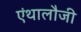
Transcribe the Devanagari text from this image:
एंथालौजी